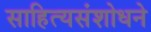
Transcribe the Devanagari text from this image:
साहित्यसंशोधने